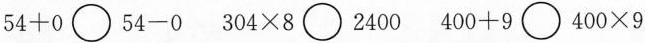
$$54 + 0 \bigcirc 54 - 0$$ $$304 \times 8 \bigcirc 2400$$ $$400 + 9 \bigcirc 400 \times 9$$